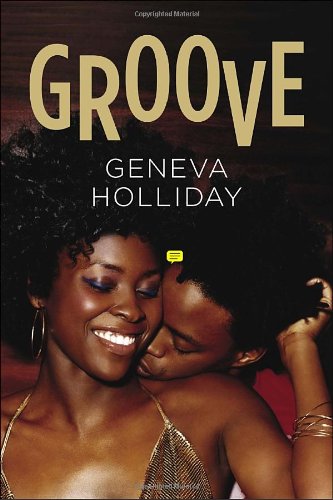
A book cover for Groove; Geneva Holliday; Romance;